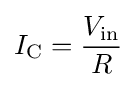
I_{\text{C}}={\frac {V_{\text{in}}}{R}}